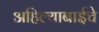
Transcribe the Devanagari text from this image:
अहिल्याबाईचे